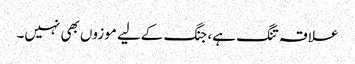
علاقہ تنگ ہے، جنگ کےلیے موزوں بھی نہیں۔